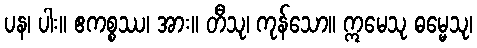
ပန၊ ပါး။ ဧကစ္စဿ၊ အား။ တီသု၊ ကုန်သော။ ဣမေသု ဓမ္မေသု၊